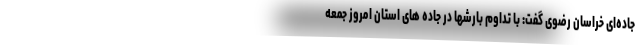
جاده‌ای خراسان رضوی گفت: با تداوم بارشها در جاده های استان امروز جمعه